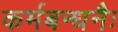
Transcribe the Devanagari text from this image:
कर्मबन्धनैः